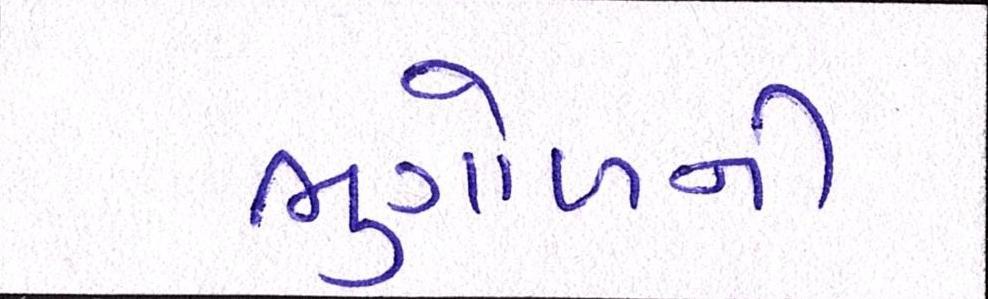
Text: ભુગોળની